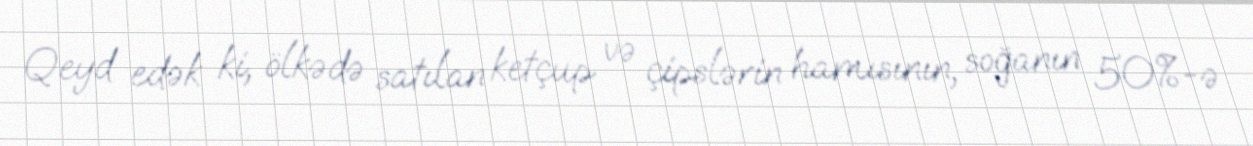
Qeyd edək ki, ölkədə satılan ketçup və çipslərin hamısının, soğanın 50%-ə